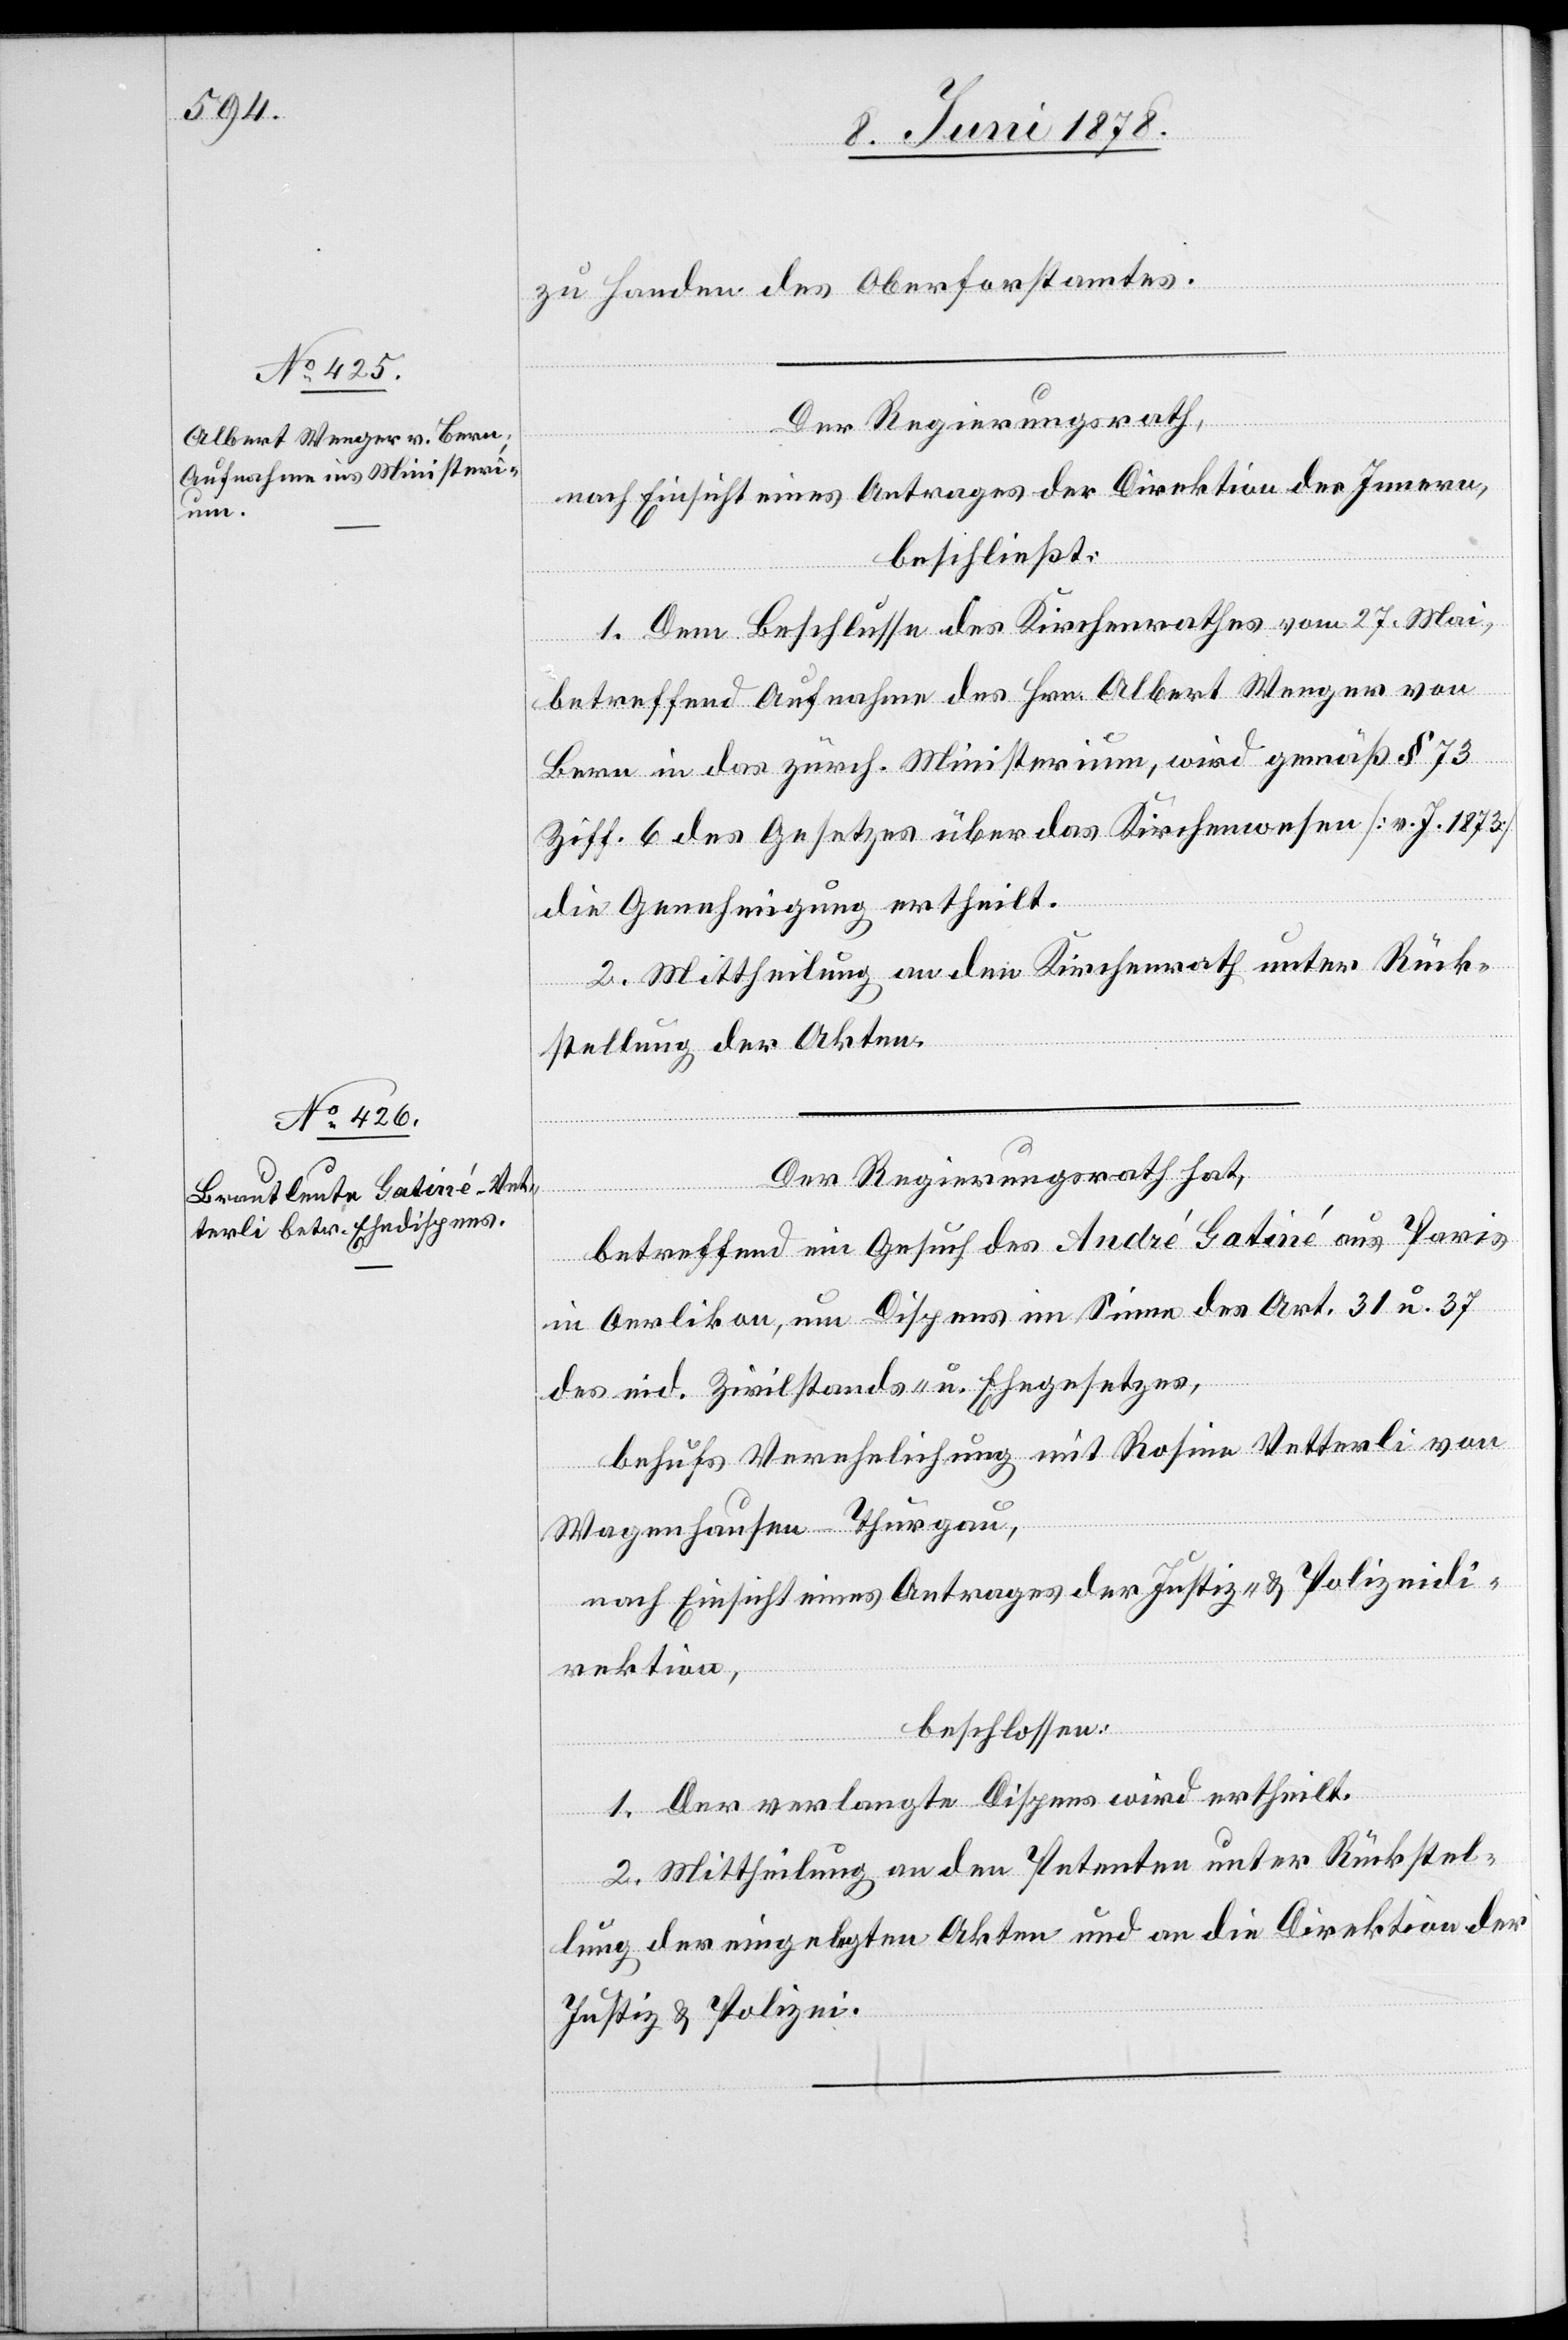
zu Handen des Oberforstamtes.
Der Regierungsrath,
nach Einsicht eines Antrages der Direktion des Innern,
beschließt:
1. Dem Beschlusse des Kirchenrathes vom 27. Mai,
betreffend Aufnahme des Hrn. Albert Wenger von
Bern in das zürch. Ministerium, wird gemäß § 73
Ziff. 6 des Gesetzes über das Kirchenwesen [v. J. 1873]
die Genehmigung ertheilt.
2. Mittheilung an den Kirchenrath unter Rück¬
stellung der Akten.
Der Regierungsrath hat,
betreffend ein Gesuch des André Gatiné aus Paris
in Oerlikon, um Dispens im Sinne der Art. 31 u. 37
des eid. Zivilstands- u. Ehegesetzes,
behufs Verehelichung mit Rosine Vetterli von
Wagenhausen - Thurgau,
nach Einsicht eines Antrages der Justiz- & Polizeidi¬
rektion,
beschlossen:
1. Der verlangte Dispens wird ertheilt.
2. Mittheilung an den Petenten unter Rückstel¬
lung der eingelegten Akten und an die Direktion der
Justiz & Polizei.